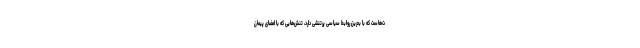
ت‌هاست که با بحرین روابط سیاسی پرتنشی دارد، تنش‌هایی که با امضای پیمان